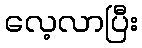
လေ့လာပြီး